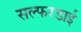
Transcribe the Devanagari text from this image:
सल्फरडाई